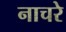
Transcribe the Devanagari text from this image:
नाचरे